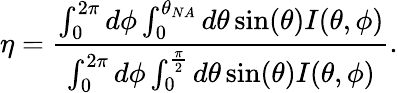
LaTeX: \eta=\frac{\int_{0}^{2\pi}d\phi\int_{0}^{\theta_{NA}}d\theta\sin(\theta)I(\theta,\phi)}{\int_{0}^{2\pi}d\phi\int_{0}^{\frac{\pi}{2}}d\theta\sin(\theta)I(\theta,\phi)}.